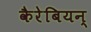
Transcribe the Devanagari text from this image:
कैरेबियन्